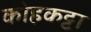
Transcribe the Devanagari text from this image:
कोहकट्टा